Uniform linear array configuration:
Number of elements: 16
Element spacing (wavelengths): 0.75
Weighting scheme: uniform
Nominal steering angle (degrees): -15
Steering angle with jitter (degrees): -14.694
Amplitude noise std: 0.05
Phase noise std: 0.05

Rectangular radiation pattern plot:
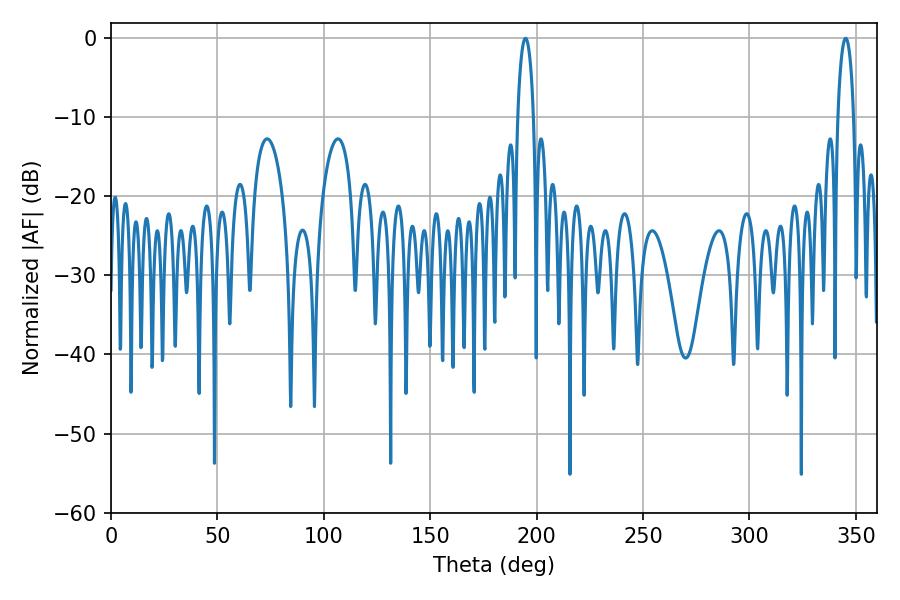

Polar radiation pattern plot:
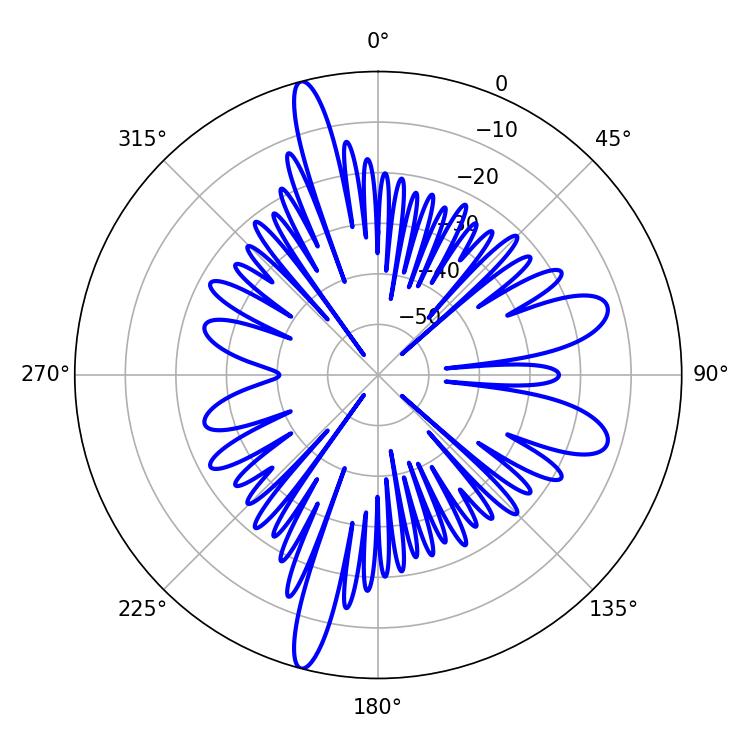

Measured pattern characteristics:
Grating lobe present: TRUE
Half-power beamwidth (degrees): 4.32
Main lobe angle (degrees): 194.76